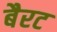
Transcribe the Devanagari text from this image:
बैरट